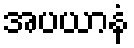
အပယာနံ